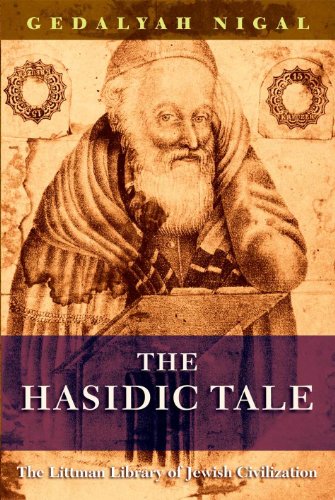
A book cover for The Hasidic Tale (Littman Library of Jewish Civilization); Gedalyah Nigal; Religion & Spirituality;